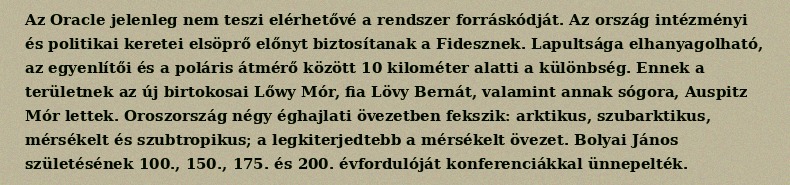
Az Oracle jelenleg nem teszi elérhetővé a rendszer forráskódját. Az ország intézményi és politikai keretei elsöprő előnyt biztosítanak a Fidesznek. Lapultsága elhanyagolható, az egyenlítői és a poláris átmérő között 10 kilométer alatti a különbség. Ennek a területnek az új birtokosai Lőwy Mór, fia Lövy Bernát, valamint annak sógora, Auspitz Mór lettek. Oroszország négy éghajlati övezetben fekszik: arktikus, szubarktikus, mérsékelt és szubtropikus; a legkiterjedtebb a mérsékelt övezet. Bolyai János születésének 100., 150., 175. és 200. évfordulóját konferenciákkal ünnepelték.